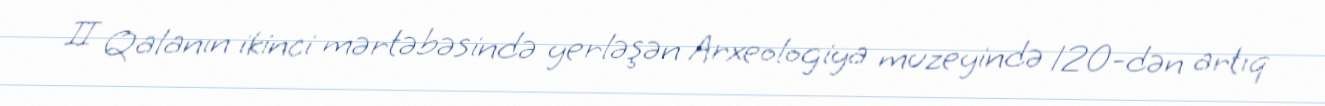
II Qalanın ikinci mərtəbəsində yerləşən Arxeologiya muzeyində 120-dən artıq